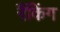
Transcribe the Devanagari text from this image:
रैंकिंग